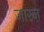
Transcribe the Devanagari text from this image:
जारज़